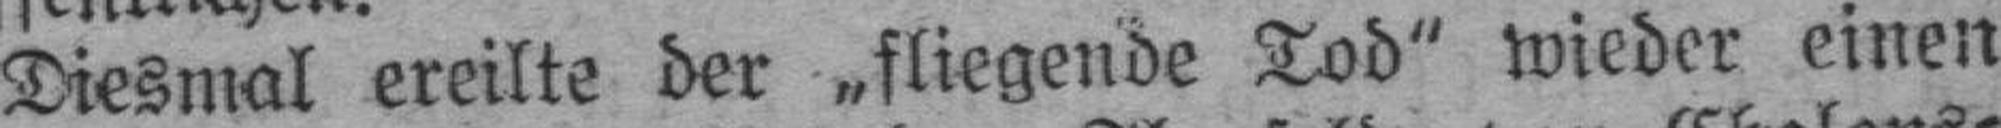
Diesmal ereilte der „fliegende Tod" wieder einen